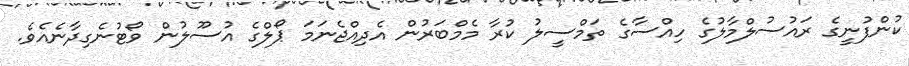
ކުންފުނީގެ ރައުސުލްމާލުގެ ހިއްސާގެ ތަމްސީލު ކުރާ މެމްބަރުން އެދިއްޖެނަމަ ޕޯލްގެ އުސޫލުން ވޯޓުނެގިދާނެއެވެ.